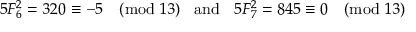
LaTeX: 5 F _ { 6 } ^ { 2 } = 3 2 0 \equiv - 5 { \pmod { 1 3 } } \; \; { \mathrm { ~ a n d ~ } } \; \; 5 F _ { 7 } ^ { 2 } = 8 4 5 \equiv 0 { \pmod { 1 3 } }